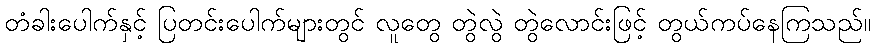
တံခါးပေါက်နှင့် ပြတင်းပေါက်များတွင် လူတွေ တွဲလွဲ တွဲလောင်းဖြင့် တွယ်ကပ်နေကြသည်။